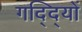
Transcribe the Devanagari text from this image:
गद्दि्यों